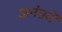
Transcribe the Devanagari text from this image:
अनंतवें